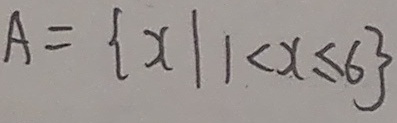
A = \{ x \vert 1 < x \leq 6 \}